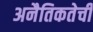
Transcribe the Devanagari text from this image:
अनैतिकतेची